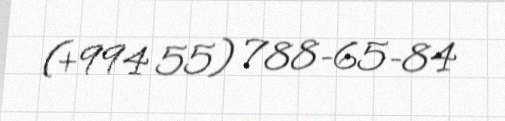
(+994 55) 788-65-84